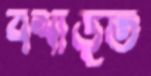
বশীভূত